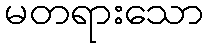
မတရားသော